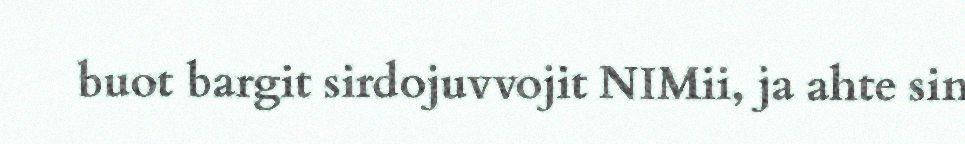
buot bargit sirdojuvvojit NIMii, ja ahte sin